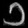
Digit: ၁